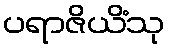
ပရာဇိယိံသု